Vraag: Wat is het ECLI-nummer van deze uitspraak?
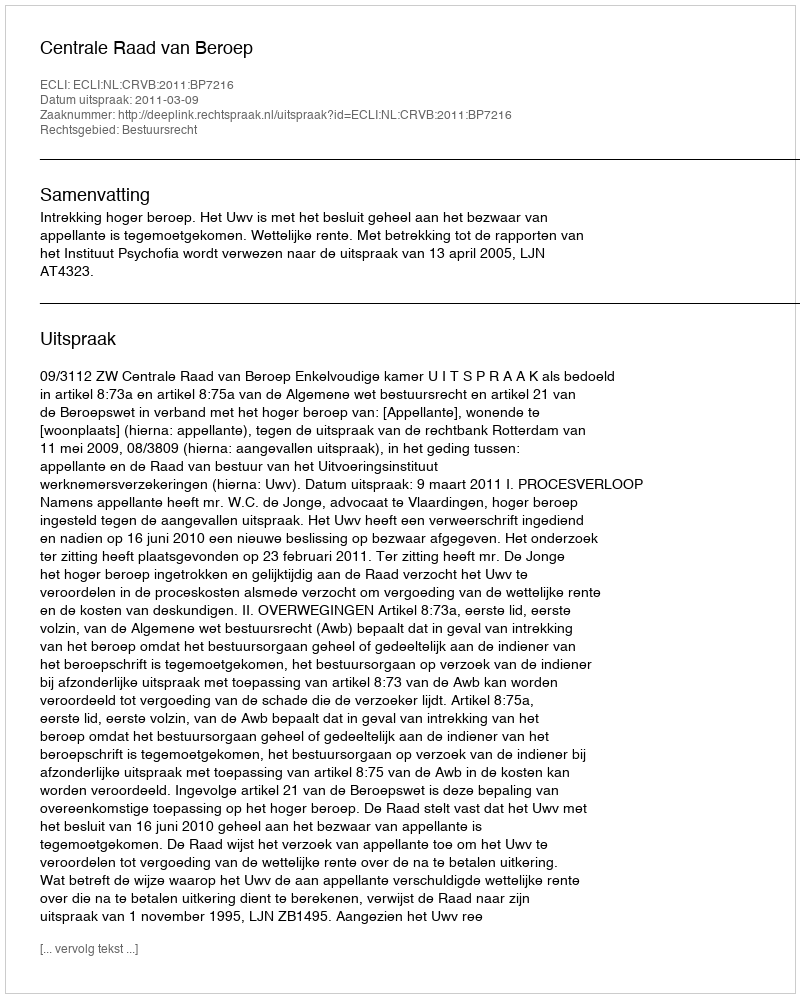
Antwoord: ECLI:NL:CRVB:2011:BP7216